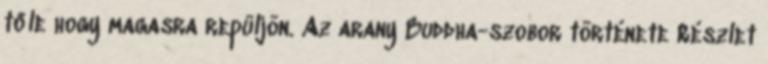
tőle hogy magasra repüljön. Az arany Buddha-szobor története Részlet